65_HS1-834228961_62-HQ-83894_Section_5
Agency: FBI
Page 19
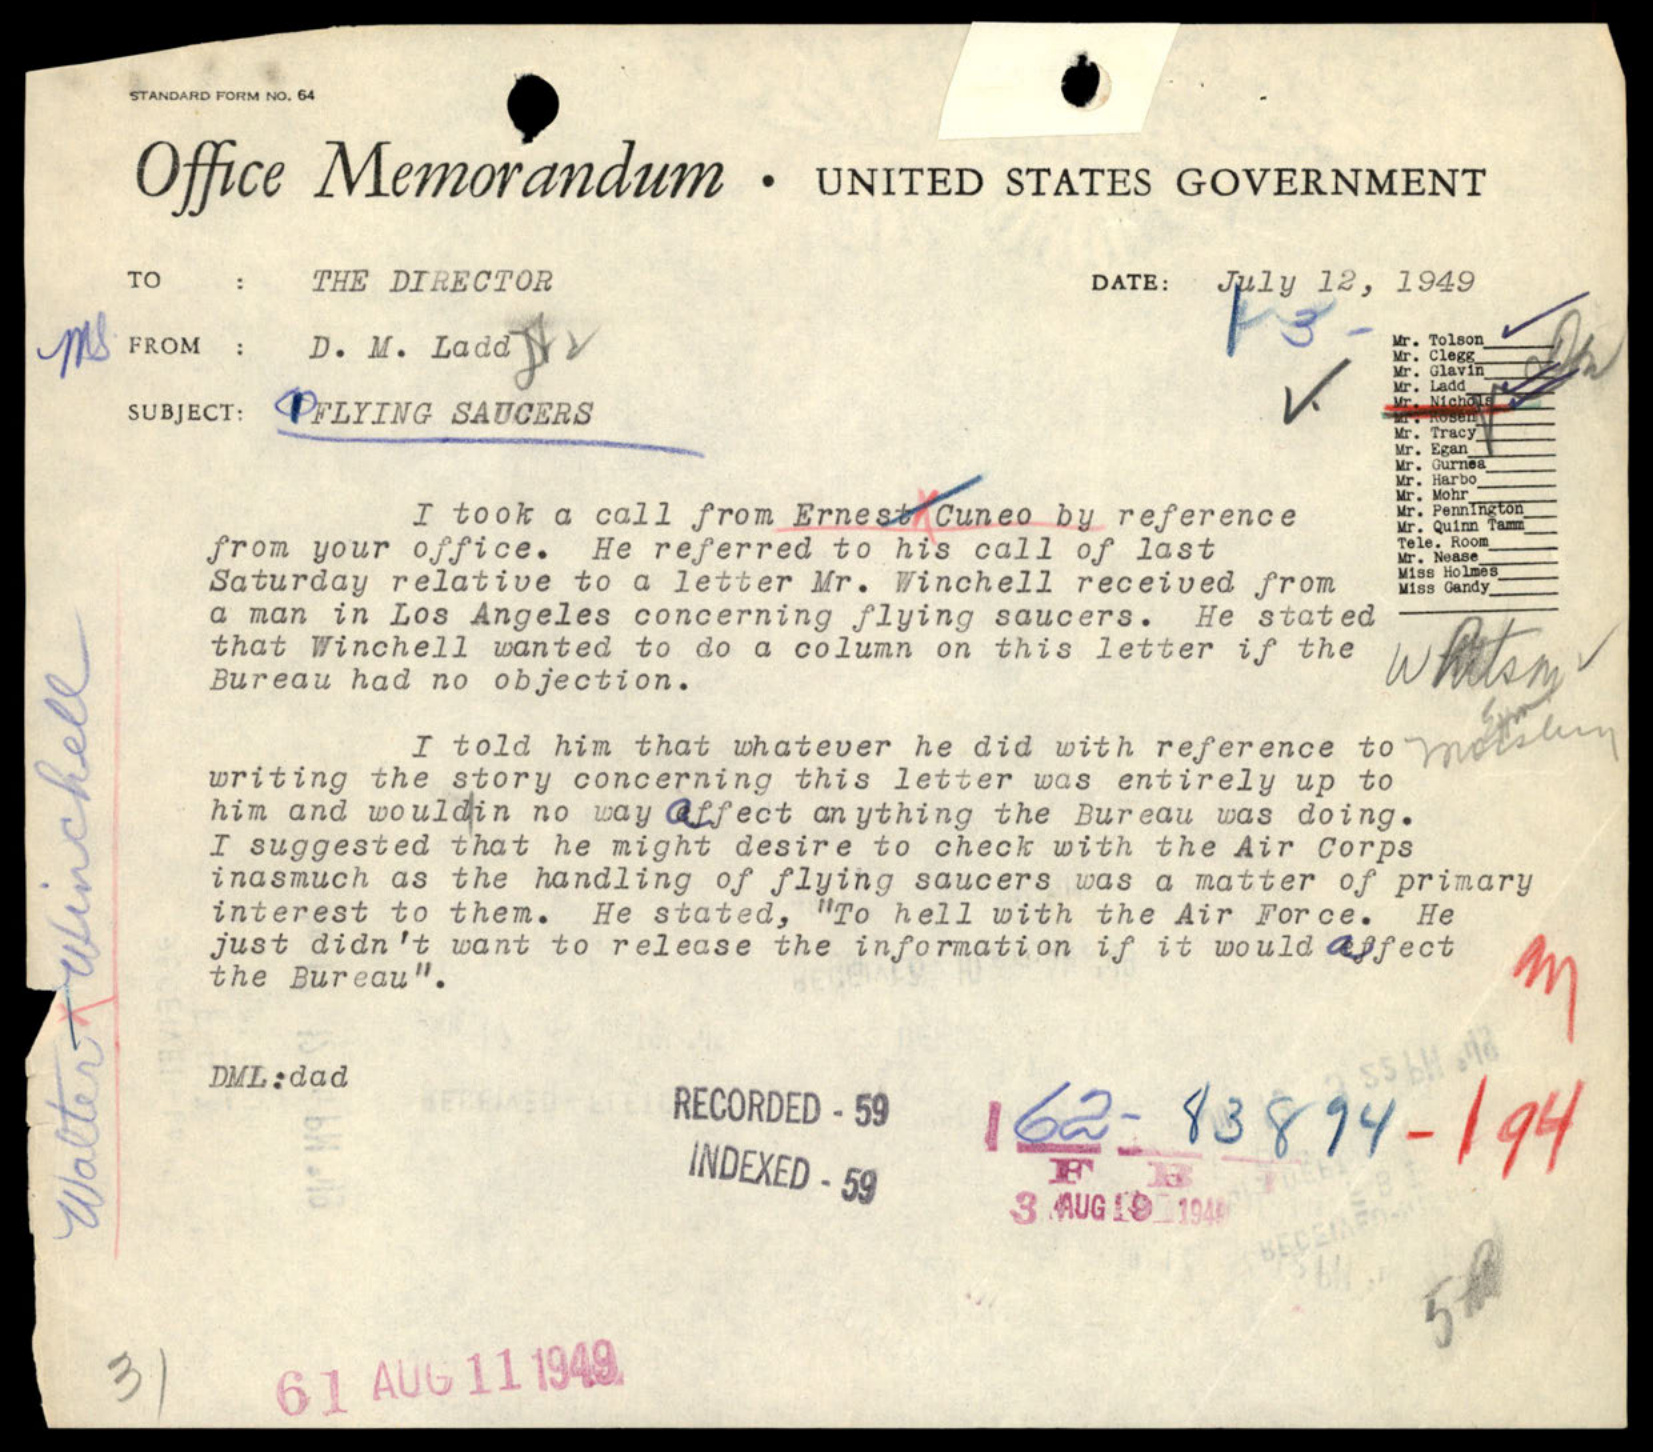